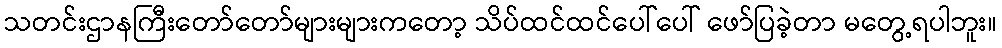
သတင်းဌာနကြီးတော်တော်များများကတော့ သိပ်ထင်ထင်ပေါ်ပေါ် ဖော်ပြခဲ့တာ မတွေ့ရပါဘူး။